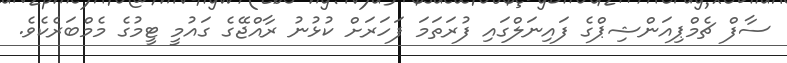
ސާފް ޗެމްޕިއަންޝިޕްގެ ފައިނަލްގައި ފުރަތަމަ ފަހަރަށް ކުޅުނު ރާއްޖޭގެ ގައުމީ ޓީމުގެ މެމްބަރެކެވެ.